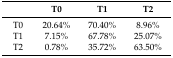
<table><thead><tr><td></td><td><b>T0</b></td><td><b>T1</b></td><td><b>T2</b></td></tr></thead><tbody><tr><td>T0</td><td>20.64%</td><td>70.40%</td><td>8.96%</td></tr><tr><td>T1</td><td>7.15%</td><td>67.78%</td><td>25.07%</td></tr><tr><td>T2</td><td>0.78%</td><td>35.72%</td><td>63.50%</td></tr></tbody></table>